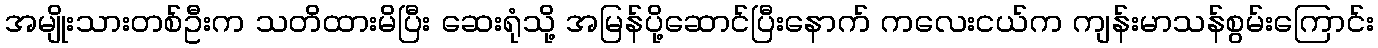
အမျိုးသားတစ်ဦးက သတိထားမိပြီး ဆေးရုံသို့ အမြန်ပို့ဆောင်ပြီးနောက် ကလေးငယ်က ကျန်းမာသန်စွမ်းကြောင်း